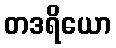
တဒရိယော